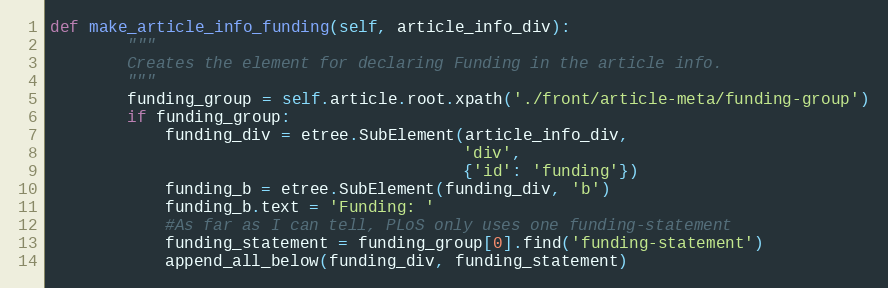
Language: Python
def make_article_info_funding(self, article_info_div):
        """
        Creates the element for declaring Funding in the article info.
        """
        funding_group = self.article.root.xpath('./front/article-meta/funding-group')
        if funding_group:
            funding_div = etree.SubElement(article_info_div,
                                           'div',
                                           {'id': 'funding'})
            funding_b = etree.SubElement(funding_div, 'b')
            funding_b.text = 'Funding: '
            #As far as I can tell, PLoS only uses one funding-statement
            funding_statement = funding_group[0].find('funding-statement')
            append_all_below(funding_div, funding_statement)